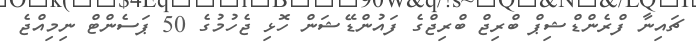
ޗައިނާ ފްރެންޑްޝިޕް ބްރިޖް ބްރިޖްގެ ފައުންޑޭޝަން ހޮޅި ޖެހުމުގެ 50 ޕަސެންޓް ނިމިއްޖެ